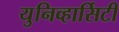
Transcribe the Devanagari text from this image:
युनिव्हार्सिटी